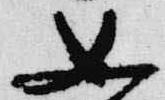
女